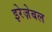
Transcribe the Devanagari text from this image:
इरेज़ेबल